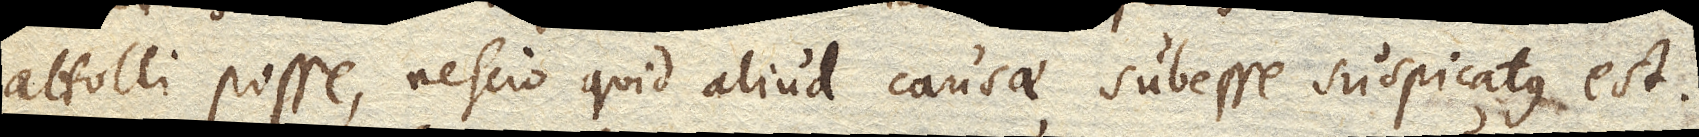
attolli posse, nescio quid aliud causae subesse suspicatus est.